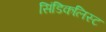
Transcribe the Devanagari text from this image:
सिंडिकलिस्ट